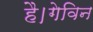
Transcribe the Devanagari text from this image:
है।गेविन